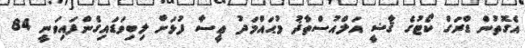
އެގޮތުން ޑްރަގް ކޯޓުގެ ޤާޟީ އަލްއުސްތާޛު މުޙައްމަދު ޢީސާ ފުޅަށް ލިބިވަޑައިގެންފައިވަނީ 84